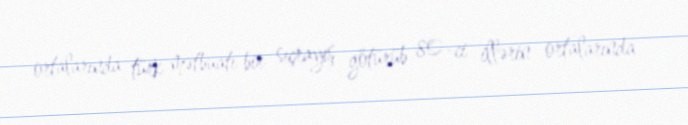
ortalarında türk mətbuatı bir sıçrayış götürüb 80-ci illərin ortalarında